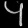
Digit: ၄